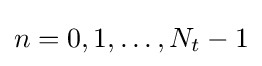
n=0,1,\ldots ,N_{t}-1